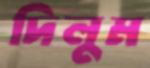
দিলুম